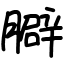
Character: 䑀